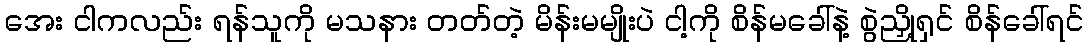
အေး ငါကလည်း ရန်သူကို မသနား တတ်တဲ့ မိန်းမမျိုးပဲ ငါ့ကို စိန်မခေါ်နဲ့ စွဲညှို့ရှင် စိန်ခေါ်ရင်